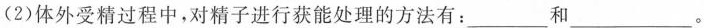
(2)体外受精过程中，对精子进行获能处理的方法有：___和___。